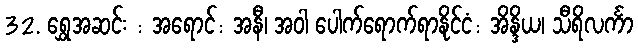
32. ရွှေအဆင်း : အရောင်: အနီ၊ အဝါ ပေါက်ရောက်ရာနိုင်ငံ: အိန္ဒိယ၊ သီရိလင်္ကာ